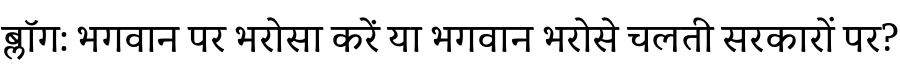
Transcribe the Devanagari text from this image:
ब्लॉग: भगवान पर भरोसा करें या भगवान भरोसे चलती सरकारों पर?